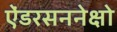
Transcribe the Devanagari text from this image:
ऐंडरसननेक्षो